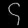
Digit: ၄